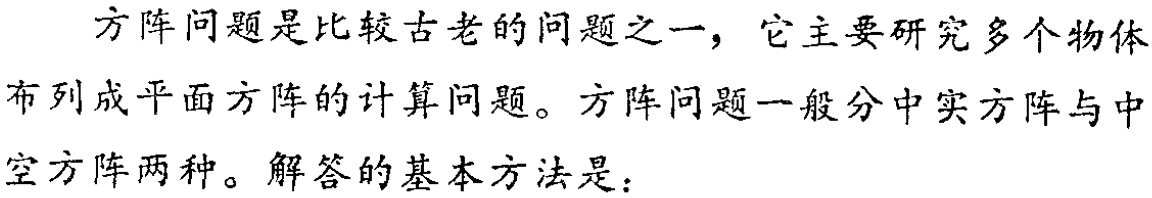
方阵问题是比较古老的问题之一，它主要研究多个物体布列成平面方阵的计算问题。方阵问题一般分中实方阵与中空方阵两种。解答的基本方法是：